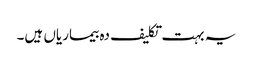
یہ بہت تکلیف دہ بیماریاں ہیں۔